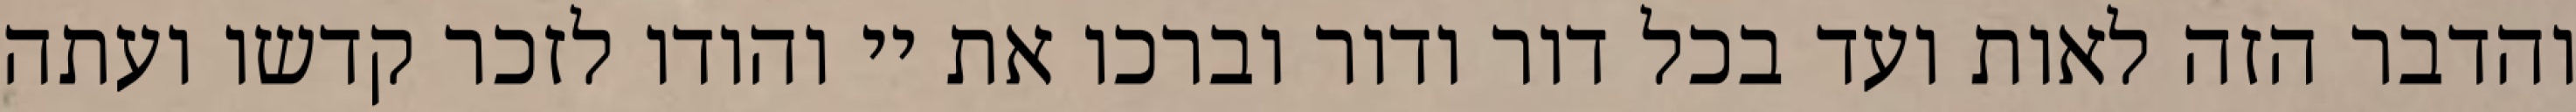
והדבר הזה לאות ועד בכל דור ודור וברכו את יי והודו לזכר קדשו ועתה